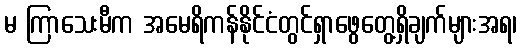
မ ကြာသေးမီက အမေရိကန်နိုင်ငံတွင်ရှာဖွေတွေ့ရှိချက်များအရ၊